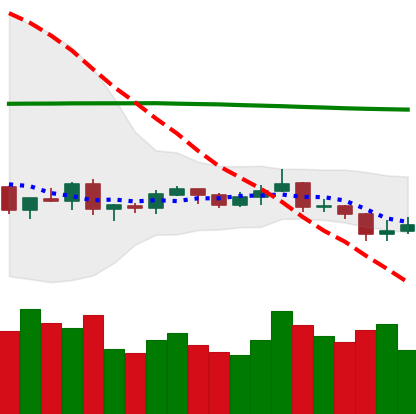
Ticker: XRP-USD
Chart end date: 2019-08-11
Forward return: -13.23%
Label: down_7plus